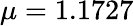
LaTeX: \mu=1.1727